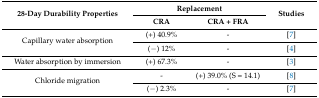
<table><thead><tr><td rowspan="2"><b>28-Day Durability Properties</b></td><td colspan="2"><b>Replacement</b></td><td rowspan="2"><b>Studies</b></td></tr><tr><td><b>CRA</b></td><td><b>CRA + FRA</b></td></tr></thead><tbody><tr><td rowspan="2">Capillary water absorption</td><td>(+) 40.9%</td><td>-</td><td>[7]</td></tr><tr><td>(−) 12%</td><td>-</td><td>[4]</td></tr><tr><td>Water absorption by immersion</td><td>(+) 67.3%</td><td>-</td><td>[3]</td></tr><tr><td rowspan="2">Chloride migration</td><td>-</td><td>(+) 39.0% (S = 14.1)</td><td>[8]</td></tr><tr><td>(−) 2.3%</td><td>-</td><td>[7]</td></tr></tbody></table>